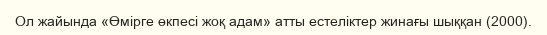
Ол жайында «Өмірге өкпесі жоқ адам» атты естеліктер жинағы шыққан (2000).